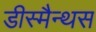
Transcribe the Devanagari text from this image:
डीस्मैन्थस